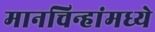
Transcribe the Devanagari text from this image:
मानचिन्हांमध्ये